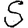
Digit: 5